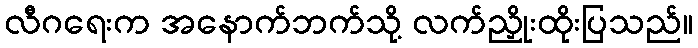
လီဂရေးက အနောက်ဘက်သို့ လက်ညှိုးထိုးပြသည်။